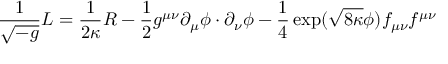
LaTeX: \frac { 1 } { \sqrt { - g } } { \cal L } = \frac { 1 } { 2 \kappa } R - \frac { 1 } { 2 } g ^ { \mu \nu } \partial _ { \mu } \phi \cdot \partial _ { \nu } \phi - \frac { 1 } { 4 } \exp ( \sqrt { 8 \kappa } \phi ) f _ { \mu \nu } f ^ { \mu \nu }